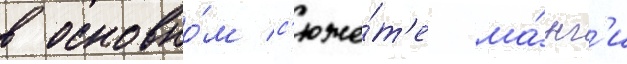
в основно́м с'юже́т'е ма́нг'и